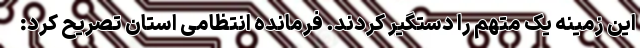
این زمینه یک متهم را دستگیر کردند. فرمانده انتظامی استان تصریح کرد: